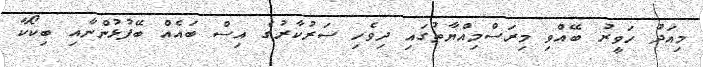
މިއަދު ހަވީރު ބޭއްވި މިރަސްމިއްޔާތުގައި ދިވެހި ސަރުކާރުގެ އިސް ބައެއް ބޭފުޅުންނާއި ބިކޯކާ